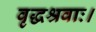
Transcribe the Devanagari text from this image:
वृद्धश्रवाः।